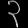
Digit: ၃